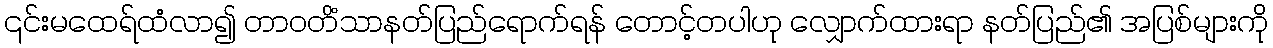
၎င်းမထေရ်ထံလာ၍ တာဝတိံသာနတ်ပြည်ရောက်ရန် တောင့်တပါဟု လျှောက်ထားရာ နတ်ပြည်၏ အပြစ်များကို